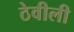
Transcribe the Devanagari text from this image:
ठेवीली